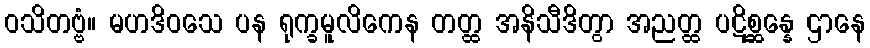
ဝသိတဗ္ဗံ။ မဟဒိဝသေ ပန ရုက္ခမူလိကေန တတ္ထ အနိသီဒိတွာ အညတ္ထ ပဋိစ္ဆန္နေ ဌာနေ